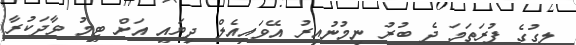
ލީގުގެ ފުރަތަމަ ދެ ބުރު ނިމުނުއިރު އޭވައިއެލް ދިޔައީ އަށް ޓީމު ވާދަކުރާ